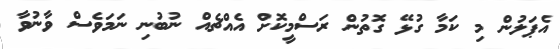
އެޕަލުން މި ކަމާ ގުޅޭ ގޮތުން ރަސްމީކޮށް އެއްޗެއް ނުބުނި ނަމަވެސް ވާނުވާ